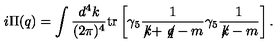
i \Pi ( q ) = \int \frac { d ^ { 4 } k } { ( 2 \pi ) ^ { 4 } } { \mathrm { t r } } \left[ \gamma _ { 5 } \frac { 1 } { \not \! k + \not \! q - m } \gamma _ { 5 } \frac { 1 } { \not \! k - m } \right] .